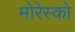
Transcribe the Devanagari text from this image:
मोरेस्को